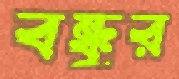
বন্ধুর